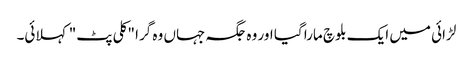
لڑائی میں ایک بلوچ مارا گیا اور وہ جگہ جہاں وہ گرا "کلی پٹ" کہلائی۔